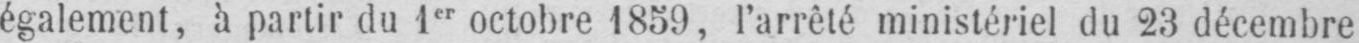
également, à partir du 1er octobre 1859, l’arrêté ministériel du 23 décembre